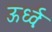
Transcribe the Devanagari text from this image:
ऊर्ध्वः